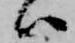
ハ